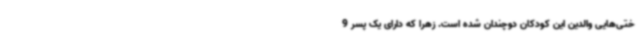
ختی‌هایی والدین این کودکان دوچندان شده است. زهرا که دارای یک پسر 9